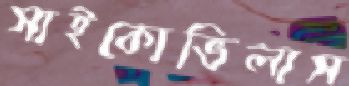
সাইকোভিলাস